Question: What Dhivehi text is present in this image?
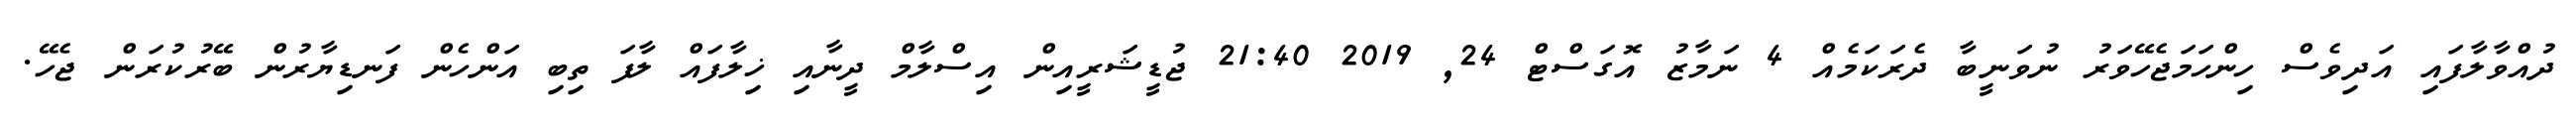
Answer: ދުއްވާލާފައި އަދިވެސް ހިންހަމަޖެހޭވަރު ނުވަނީބާ ދެރަކަމެއް 4 ނަމާޒު އޮގަސްޓް 24, 2019 21:40 ޖުޑީޝަރީއިން އިސްލާމް ދީނާއި ޚިލާފައް ލާފަ ތިބި އަންހެން ފަނޑިޔާރުން ބޭރުކުރަން ޖެހޭ.